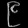
Digit: ၉